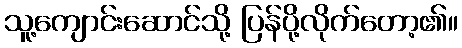
သူ့ကျောင်းဆောင်သို့ ပြန်ပို့လိုက်တော့၏။